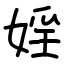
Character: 婬